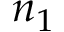
n _ { 1 }